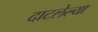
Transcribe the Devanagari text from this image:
दाटलेल्या